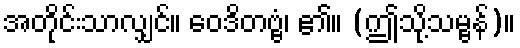
အတိုင်းသာလျှင်။ ဝေဒိတဗ္ဗံ၊ ၏။ (ဤသို့သမ္ဗန်)။